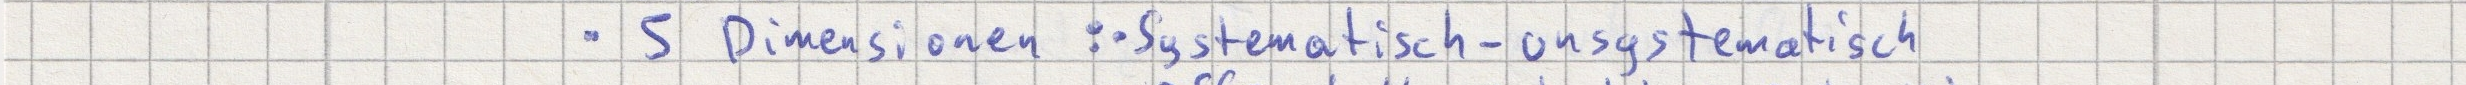
- 5 Dimensionen: - Systematisch - unsystematisch